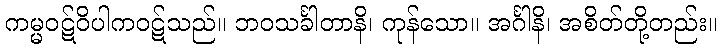
ကမ္မဝဋ်ဝိပါကဝဋ်သည်။ ဘဝသင်္ခါတာနိ၊ ကုန်သော။ အင်္ဂါနိ၊ အစိတ်တို့တည်း။